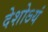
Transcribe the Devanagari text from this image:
देशोऽयं